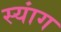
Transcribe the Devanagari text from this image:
स्‍यांग